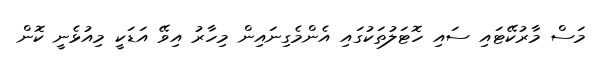
މަސް މާރުކޭޓައި ސައި ހޮޓަލުތަކުގައި އެންމެގިނައިން މިހާރު އިވޭ އަޑަކީ މިއުޅެނީ ކޮން